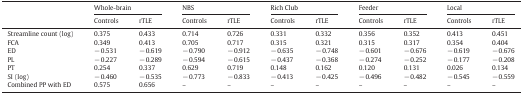
<table><thead><tr><td></td><td colspan="2"><b>Whole-brain</b></td><td colspan="2"><b>NBS</b></td><td colspan="2"><b>Rich Club</b></td><td colspan="2"><b>Feeder</b></td><td colspan="2"><b>Local</b></td></tr><tr><td><b>Controls</b></td><td><b>rTLE</b></td><td><b>Controls</b></td><td><b>rTLE</b></td><td><b>Controls</b></td><td><b>rTLE</b></td><td><b>Controls</b></td><td><b>rTLE</b></td><td><b>Controls</b></td><td><b>rTLE</b></td></tr></thead><tbody><tr><td>Streamline count (log)</td><td>0.375</td><td>0.433</td><td>0.714</td><td>0.726</td><td>0.331</td><td>0.332</td><td>0.356</td><td>0.352</td><td>0.413</td><td>0.451</td></tr><tr><td>FCA</td><td>0.349</td><td>0.413</td><td>0.705</td><td>0.717</td><td>0.315</td><td>0.321</td><td>0.315</td><td>0.317</td><td>0.354</td><td>0.404</td></tr><tr><td>ED</td><td>− 0.531</td><td>− 0.619</td><td>− 0.790</td><td>− 0.912</td><td>− 0.635</td><td>− 0.748</td><td>− 0.601</td><td>− 0.676</td><td>− 0.619</td><td>− 0.676</td></tr><tr><td>PL</td><td>− 0.227</td><td>− 0.289</td><td>− 0.594</td><td>− 0.615</td><td>− 0.437</td><td>− 0.368</td><td>− 0.274</td><td>− 0.252</td><td>− 0.177</td><td>− 0.208</td></tr><tr><td>PT</td><td>0.254</td><td>0.337</td><td>0.629</td><td>0.719</td><td>0.148</td><td>0.162</td><td>0.120</td><td>0.131</td><td>0.026</td><td>0.134</td></tr><tr><td>SI (log)</td><td>− 0.460</td><td>− 0.535</td><td>− 0.773</td><td>− 0.833</td><td>− 0.413</td><td>− 0.425</td><td>− 0.496</td><td>− 0.482</td><td>− 0.545</td><td>− 0.559</td></tr><tr><td>Combined PP with ED</td><td>0.575</td><td>0.656</td><td>–</td><td>–</td><td>–</td><td>–</td><td>–</td><td>–</td><td>–</td><td>–</td></tr></tbody></table>